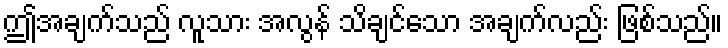
ဤအချက်သည် လူသား အလွန် သိချင်သော အချက်လည်း ဖြစ်သည်။